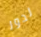
لدور